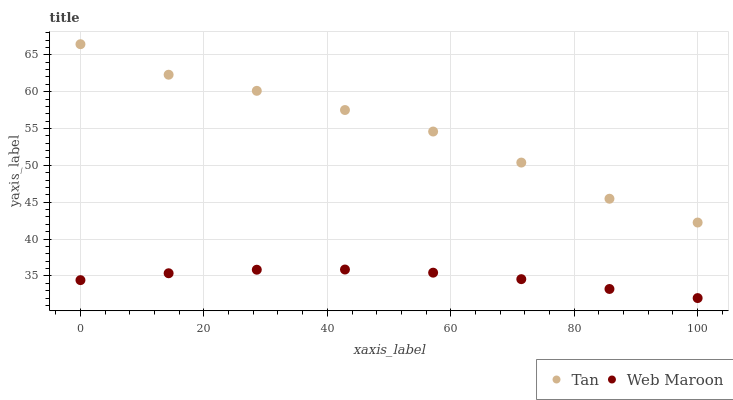
| xaxis_label | Tan | Web Maroon |
 | --- | --- | --- |
 | 0 | 66.4 | 34.4 |
 | 14.3 | 62.3 | 35.4 |
 | 28.6 | 60.1 | 35.8 |
 | 42.9 | 57.5 | 35.9 |
 | 57.1 | 54.6 | 35.4 |
 | 71.4 | 50.4 | 34.6 |
 | 85.7 | 45.5 | 33.2 |
 | 100 | 42.2 | 32 |